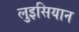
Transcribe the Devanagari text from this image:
लुइसियान